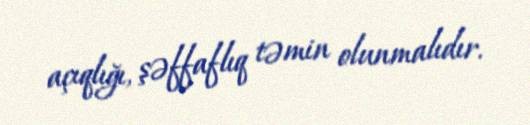
açıqlığı, şəffaflıq təmin olunmalıdır.